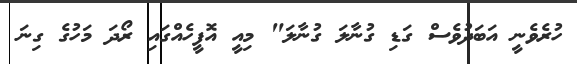
ހުރެވެނީ އަބަދުވެސް ގަޑި ގުނާލަ ގުނާލަ" މިއީ އޮފީހެއްގައި ރޯދަ މަހުގެ ގިނަ